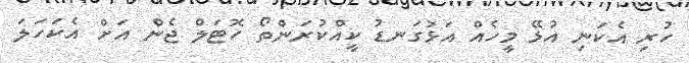
ހުރި އެކަނި އުޅޭ މީހެއް އަޅުގަނޑު ކީއްކުރަންތޯ ހޮޓަލް ޖެން އަށް އެކަހަލަ